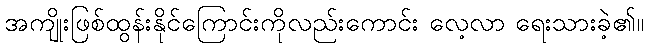
အကျိုးဖြစ်ထွန်းနိုင်ကြောင်းကိုလည်းကောင်း လေ့လာ ရေးသားခဲ့၏။